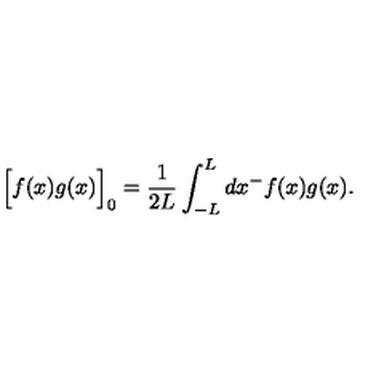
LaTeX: \Big [ f ( x ) g ( x ) \Big ] _ { 0 } = \frac { 1 } { 2 L } \int _ { - L } ^ { L } d x ^ { - } f ( x ) g ( x ) .